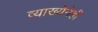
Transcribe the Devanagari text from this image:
व्याख्येनेही